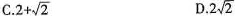
C. $$2 + \sqrt { 2 }$$ D. $$2 \sqrt { 2 }$$